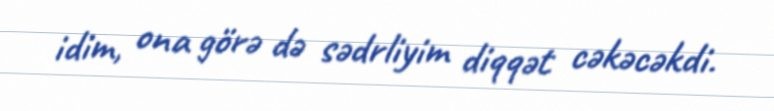
idim, ona görə də sədrliyim diqqət cəkəcəkdi.